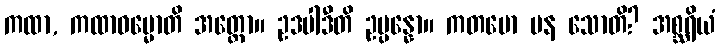
ကထာ, ကထာဓမ္မောတိ အတ္ထော။ ဥဒပါဒီတိ ဥပ္ပန္နော။ ကတမော ပန သောတိ? အစ္ဆရိယံ